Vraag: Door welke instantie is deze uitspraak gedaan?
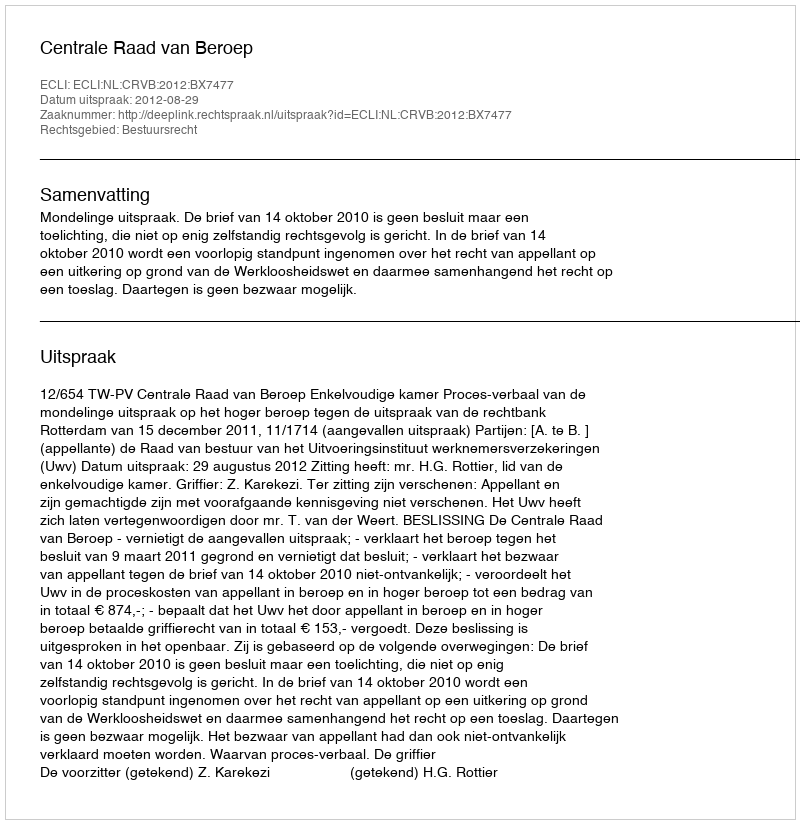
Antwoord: Centrale Raad van Beroep